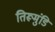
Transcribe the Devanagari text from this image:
तिरूमुंडि